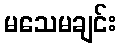
မသေမချင်း